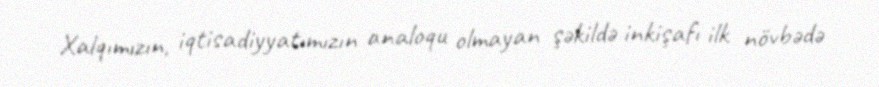
Xalqımızın, iqtisadiyyatımızın analoqu olmayan şəkildə inkişafı ilk növbədə